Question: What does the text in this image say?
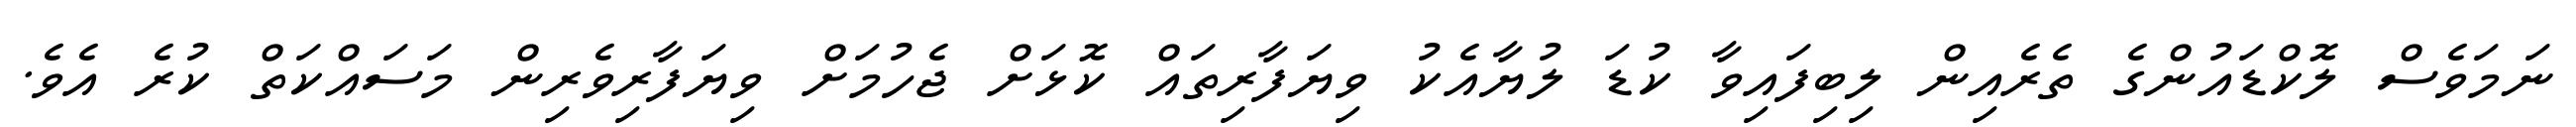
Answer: ނަމަވެސް ލޮކްޑައުންގެ ތެރެއިން ލިބިފައިވާ ކުޑަ ލުޔާއެކު ވިޔަފާރިތައް ކޮޅަށް ޖެހުމަށް ވިޔަފާރިވެރިން މަސައްކަތް ކުރެ އެވެ.